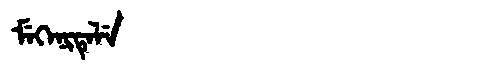
Manchu: ᠮᡝᡴᡝᠨᡳᡨᡝᠯᡝ
Romanization: MEKENITELE